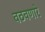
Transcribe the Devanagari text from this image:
वठवणारे